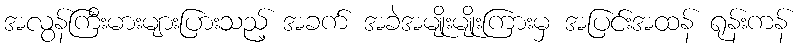
အလွန်ကြီးမားများပြားသည့် အခက် အခဲအမျိုးမျိုးကြားမှ အပြင်းအထန် ရုန်းကန်